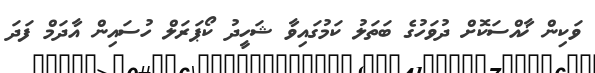
ވަކިން ޚާއްސަކޮށް ދުވަހުގެ ބަތަލު ކަމުގައިވާ ޝަހީދު ކޯޕަރަލް ހުސައިން އާދަމް ފަދަ